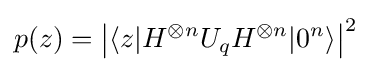
p(z)=\left|\langle z|H^{\otimes n}U_{q}H^{\otimes n}|0^{n}\rangle \right|^{2}